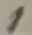
Text: 1